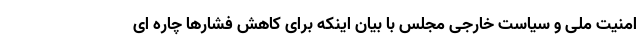
امنیت ملی و سیاست خارجی مجلس با بیان اینکه برای کاهش فشارها چاره ای